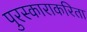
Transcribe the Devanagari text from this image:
पुरस्काराकरिता